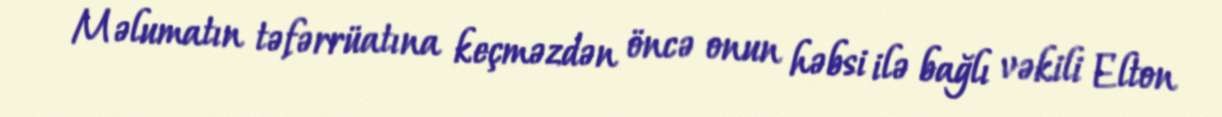
Məlumatın təfərrüatına keçməzdən öncə onun həbsi ilə bağlı vəkili Elton